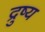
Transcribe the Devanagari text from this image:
द्रुष्य